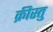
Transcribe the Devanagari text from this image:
क्रीस्तु